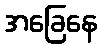
အခြေနေ